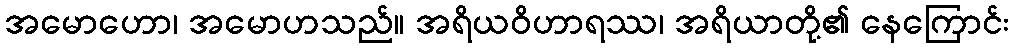
အမောဟော၊ အမောဟသည်။ အရိယဝိဟာရဿ၊ အရိယာတို့၏ နေကြောင်း